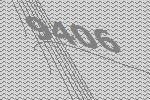
9406